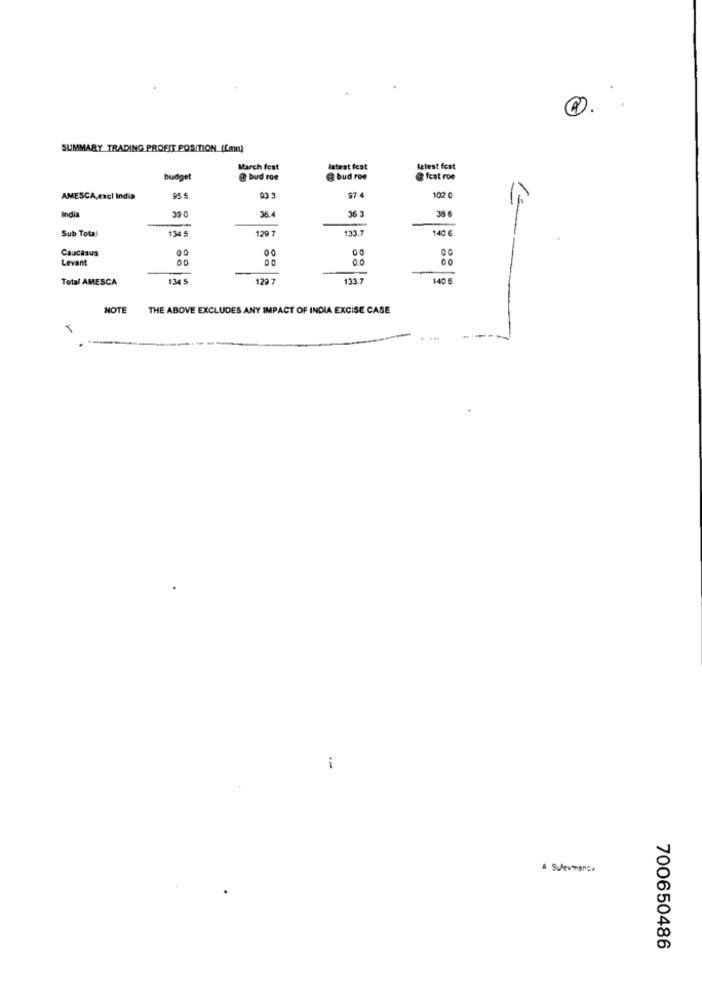
SUMMARY TRADING PROFIT POSITION (Emn)
March fest
latest fcat
latest fest
budget
@ bud roe
@ bud roe
@ fest roe
97 4
AMESCA,excl India
95 5
93 3
102 0
39 0
36.4
36 3
35 6
India
Sub Total
$34 5
129 7
133.7
140 €
Caucasus
00
Levant
00
0.0
00
Total AMESCA
134 5
129 7
133.7
140 6
NOTE
THE ABOVE EXCLUDES ANY IMPACT OF INDIA EXCISE CASE
4 Sulerance
700650486